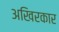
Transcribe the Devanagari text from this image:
अखिरकार